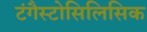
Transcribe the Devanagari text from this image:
टंगैस्टोसिलिसिक